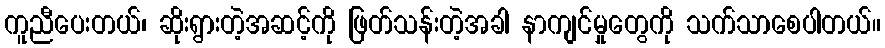
ကူညီပေးတယ်၊ ဆိုးရွားတဲ့အဆင့်ကို ဖြတ်သန်းတဲ့အခါ နာကျင်မှုတွေကို သက်သာစေပါတယ်။